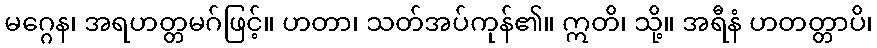
မဂ္ဂေန၊ အရဟတ္တမဂ်ဖြင့်။ ဟတာ၊ သတ်အပ်ကုန်၏။ ဣတိ၊ သို့။ အရီနံ ဟတတ္တာပိ၊